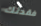
فقدتك